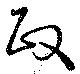
政